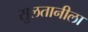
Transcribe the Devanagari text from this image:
सुलतानीला